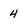
Character: 4